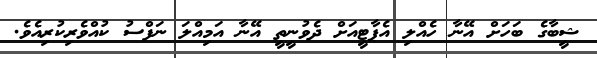
ޝީބާގެ ބަހަށް އޭނާ ހެއްލި އެޕާޓީއަށް ދެވުނީތީ އޭނާ އަމިއްލަ ނަފްސު ކުއްވެރިކުރިއެވެ.